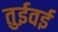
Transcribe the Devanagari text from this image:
तुईवई